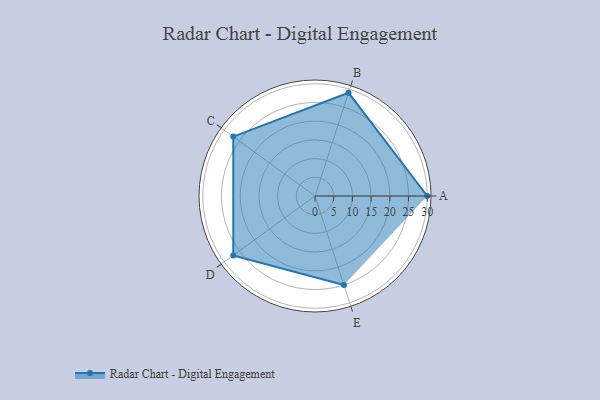
{"axis": {"x": "Skill", "y": "Score"}, "legend": ["Profile"], "data": [{"x": "A", "y": 30.0, "type": "Profile"}, {"x": "B", "y": 29.0, "type": "Profile"}, {"x": "C", "y": 27.0, "type": "Profile"}, {"x": "D", "y": 27.0, "type": "Profile"}, {"x": "E", "y": 25.0, "type": "Profile"}]}